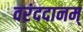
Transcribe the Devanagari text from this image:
वरंददानम्